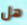
هل